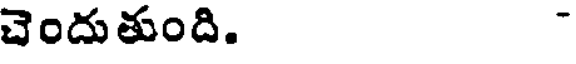
చెందుతుంది. -